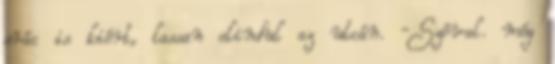
srác is kiért, lassan elindul az utcán. -Szóval. még